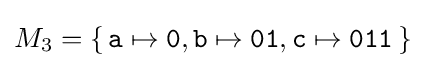
M_{3}=\{\,{\texttt {a}}\mapsto {\texttt {0}},{\texttt {b}}\mapsto {\texttt {01}},{\texttt {c}}\mapsto {\texttt {011}}\,\}